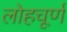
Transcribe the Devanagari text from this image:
लोहचूर्ण